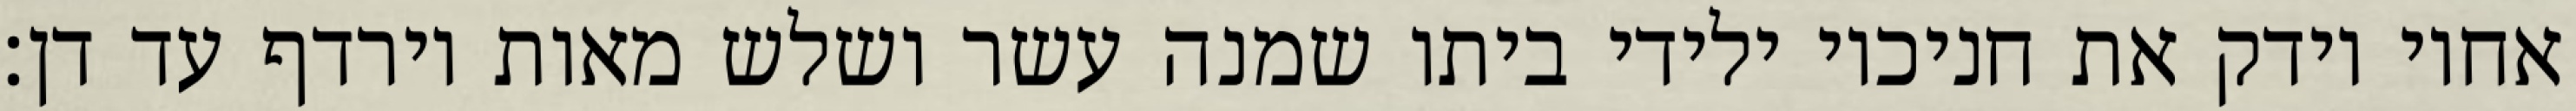
אחיו וידק את חניכיו ילידי ביתו שמנה עשר ושלש מאות וירדף עד דן׃